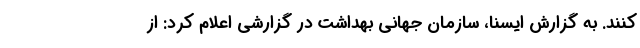
کنند. به گزارش ایسنا، سازمان جهانی بهداشت در گزارشی اعلام کرد: از